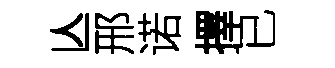
亾邢诺擇已